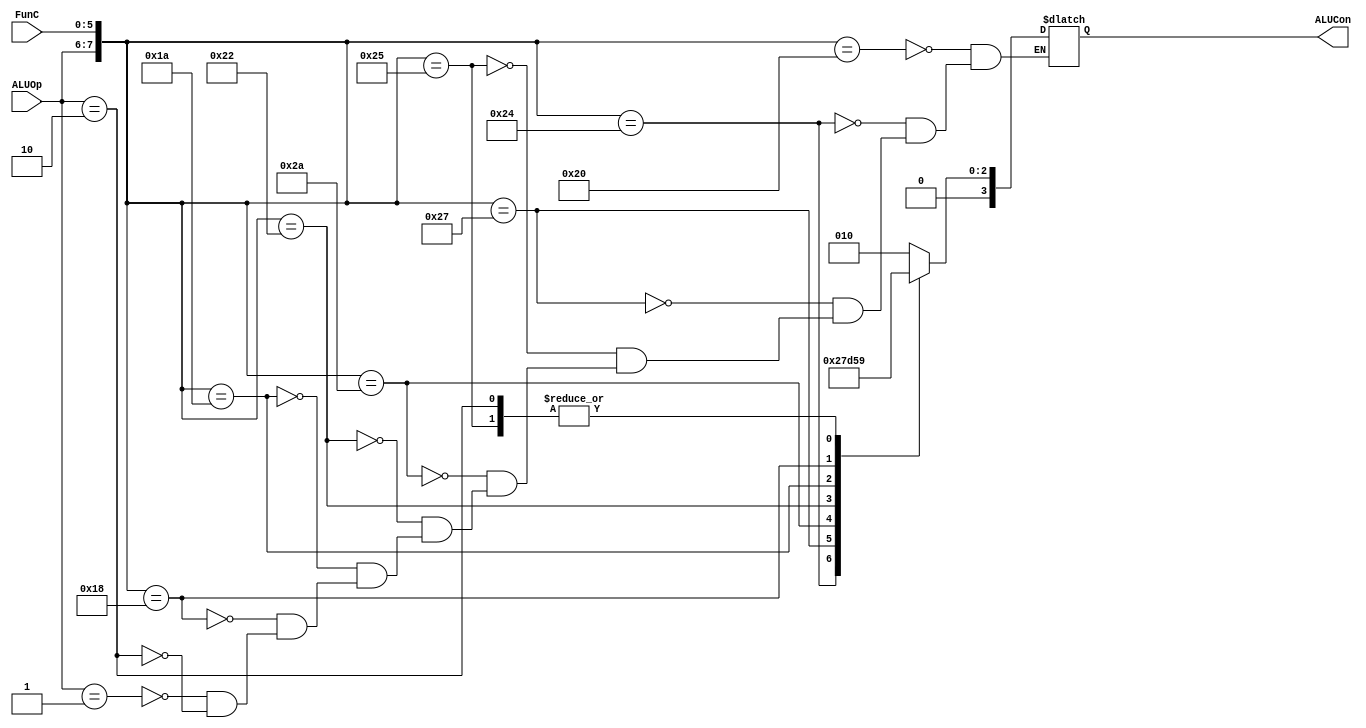
`timescale 1ns / 1ps
//////////////////////////////////////////////////////////////////////////////////
// Company: 
// Engineer: 
// 
// Design Name: 
// Module Name:    ALUControl 
// Project Name: 
// Target Devices: 
// Tool versions: 
// Description: 
//
// Dependencies: 
//
// Revision: 
// Revision 0.01 - File Created
// Additional Comments: 
//
//////////////////////////////////////////////////////////////////////////////////
module ALUControl(
FunC,
ALUOp,
ALUCon
    );
	 
input [5:0] FunC;
input [1:0] ALUOp;

output [3:0] ALUCon;
reg [3:0] ALUCon;

always @ (FunC,ALUOp)
begin
	casex({ALUOp,FunC})
		8'b00_100000:
						 ALUCon <= 4'b0010;
		8'b00_100100:
						 ALUCon <= 4'b0000;
		8'b00_100111:
						 ALUCon <= 4'b0100;
		8'b00_100101:
						 ALUCon <= 4'b0001;
		8'b00_101010:
						 ALUCon <= 4'b0111;
		8'b00_100010:
						 ALUCon <= 4'b0110;
		8'b00_011010:
						 ALUCon <= 4'b0101;
		8'b00_011000:
						 ALUCon <= 4'b0011;

		8'b01_xxxxxx:
						 ALUCon <= 4'b0010;
						 
		8'b10_xxxxxx:
						 ALUCon <= 4'b0001;		
	endcase
end	 


endmodule